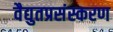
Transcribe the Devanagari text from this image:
वैद्युतप्रसंस्करण